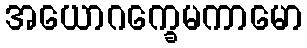
အယောဂက္ခေမကာမော